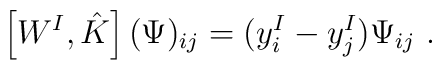
\left[W^I,\hat{K}\right](\Psi)_{ij}=(y_i^I-y^I_j)\Psi_{ij} \ .